Problem: 20 + 8 = ?
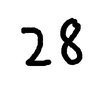
Handwritten answer: 28